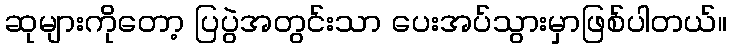
ဆုများကိုတော့ ပြပွဲအတွင်းသာ ပေးအပ်သွားမှာဖြစ်ပါတယ်။